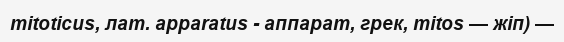
mitoticus, лат. apparatus - аппарат, грек, mitos — жіп) —